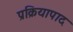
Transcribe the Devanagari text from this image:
प्रक्रियापाद